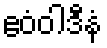
ဧဝံဝါဒီနံ